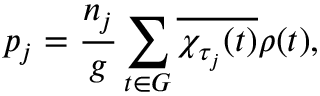
p _ { j } = { \frac { n _ { j } } { g } } \sum _ { t \in G } { \overline { { \chi _ { \tau _ { j } } ( t ) } } } \rho ( t ) ,